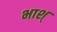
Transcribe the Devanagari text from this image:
भाश्